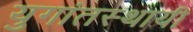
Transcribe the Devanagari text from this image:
युगांतस्थायी